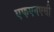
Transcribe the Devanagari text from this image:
एफएनएसी